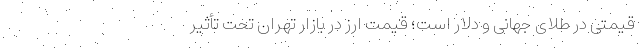
قیمتی در طلای جهانی و دلار است؛ قیمت ارز در بازار تهران تحت تأثیر